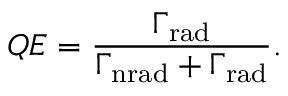
Q E = { \frac { \Gamma _ { \mathrm { r a d } } } { \Gamma _ { \mathrm { n r a d } } + \Gamma _ { \mathrm { r a d } } } } .